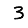
Digit: 3